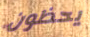
يحظون